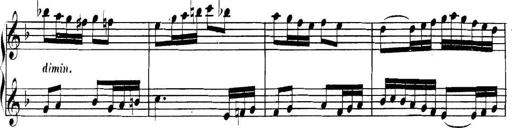
Title: Collected Piano Sonatas
Composer: Muzio Clementi